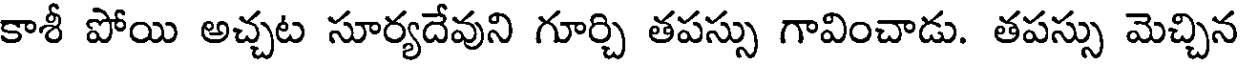
కాశీ పోయి అచ్చట సూర్యదేవుని గూర్చి తపస్సు గావించాడు. తపస్సు మెచ్చిన